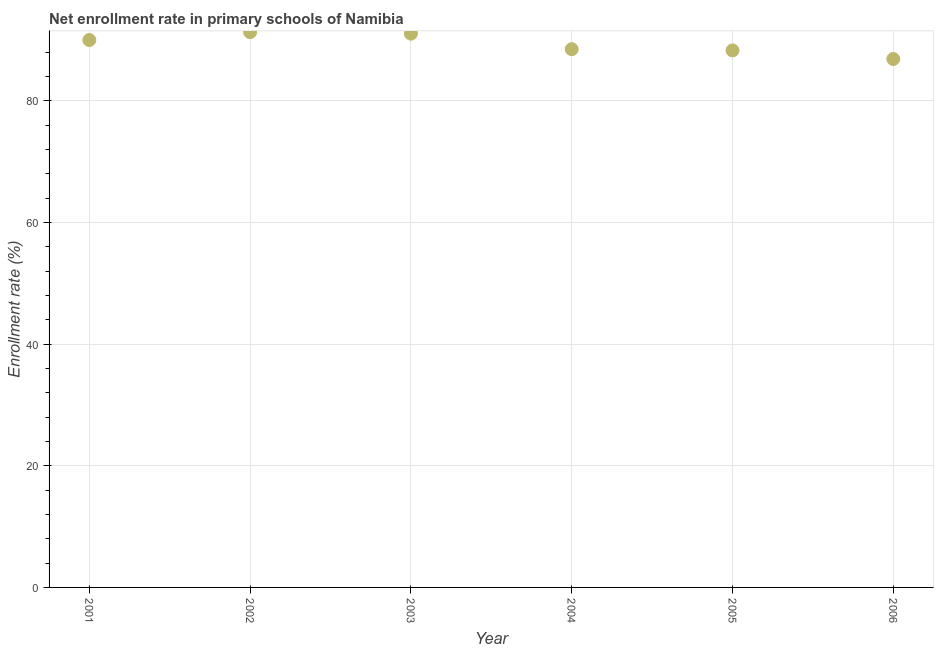
| Year | Adjusted net enrolment rate |
 | --- | --- |
 | 2001 | 90 |
 | 2002 | 91.3 |
 | 2003 | 91 |
 | 2004 | 88.5 |
 | 2005 | 88.3 |
 | 2006 | 86.9 |